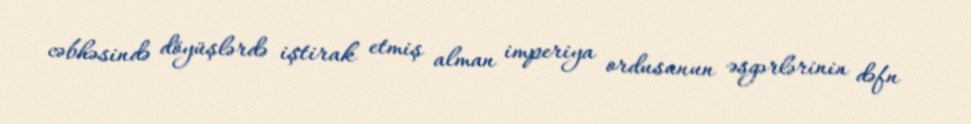
cəbhəsində döyüşlərdə iştirak etmiş alman imperiya ordusunun əsgərlərinin dəfn